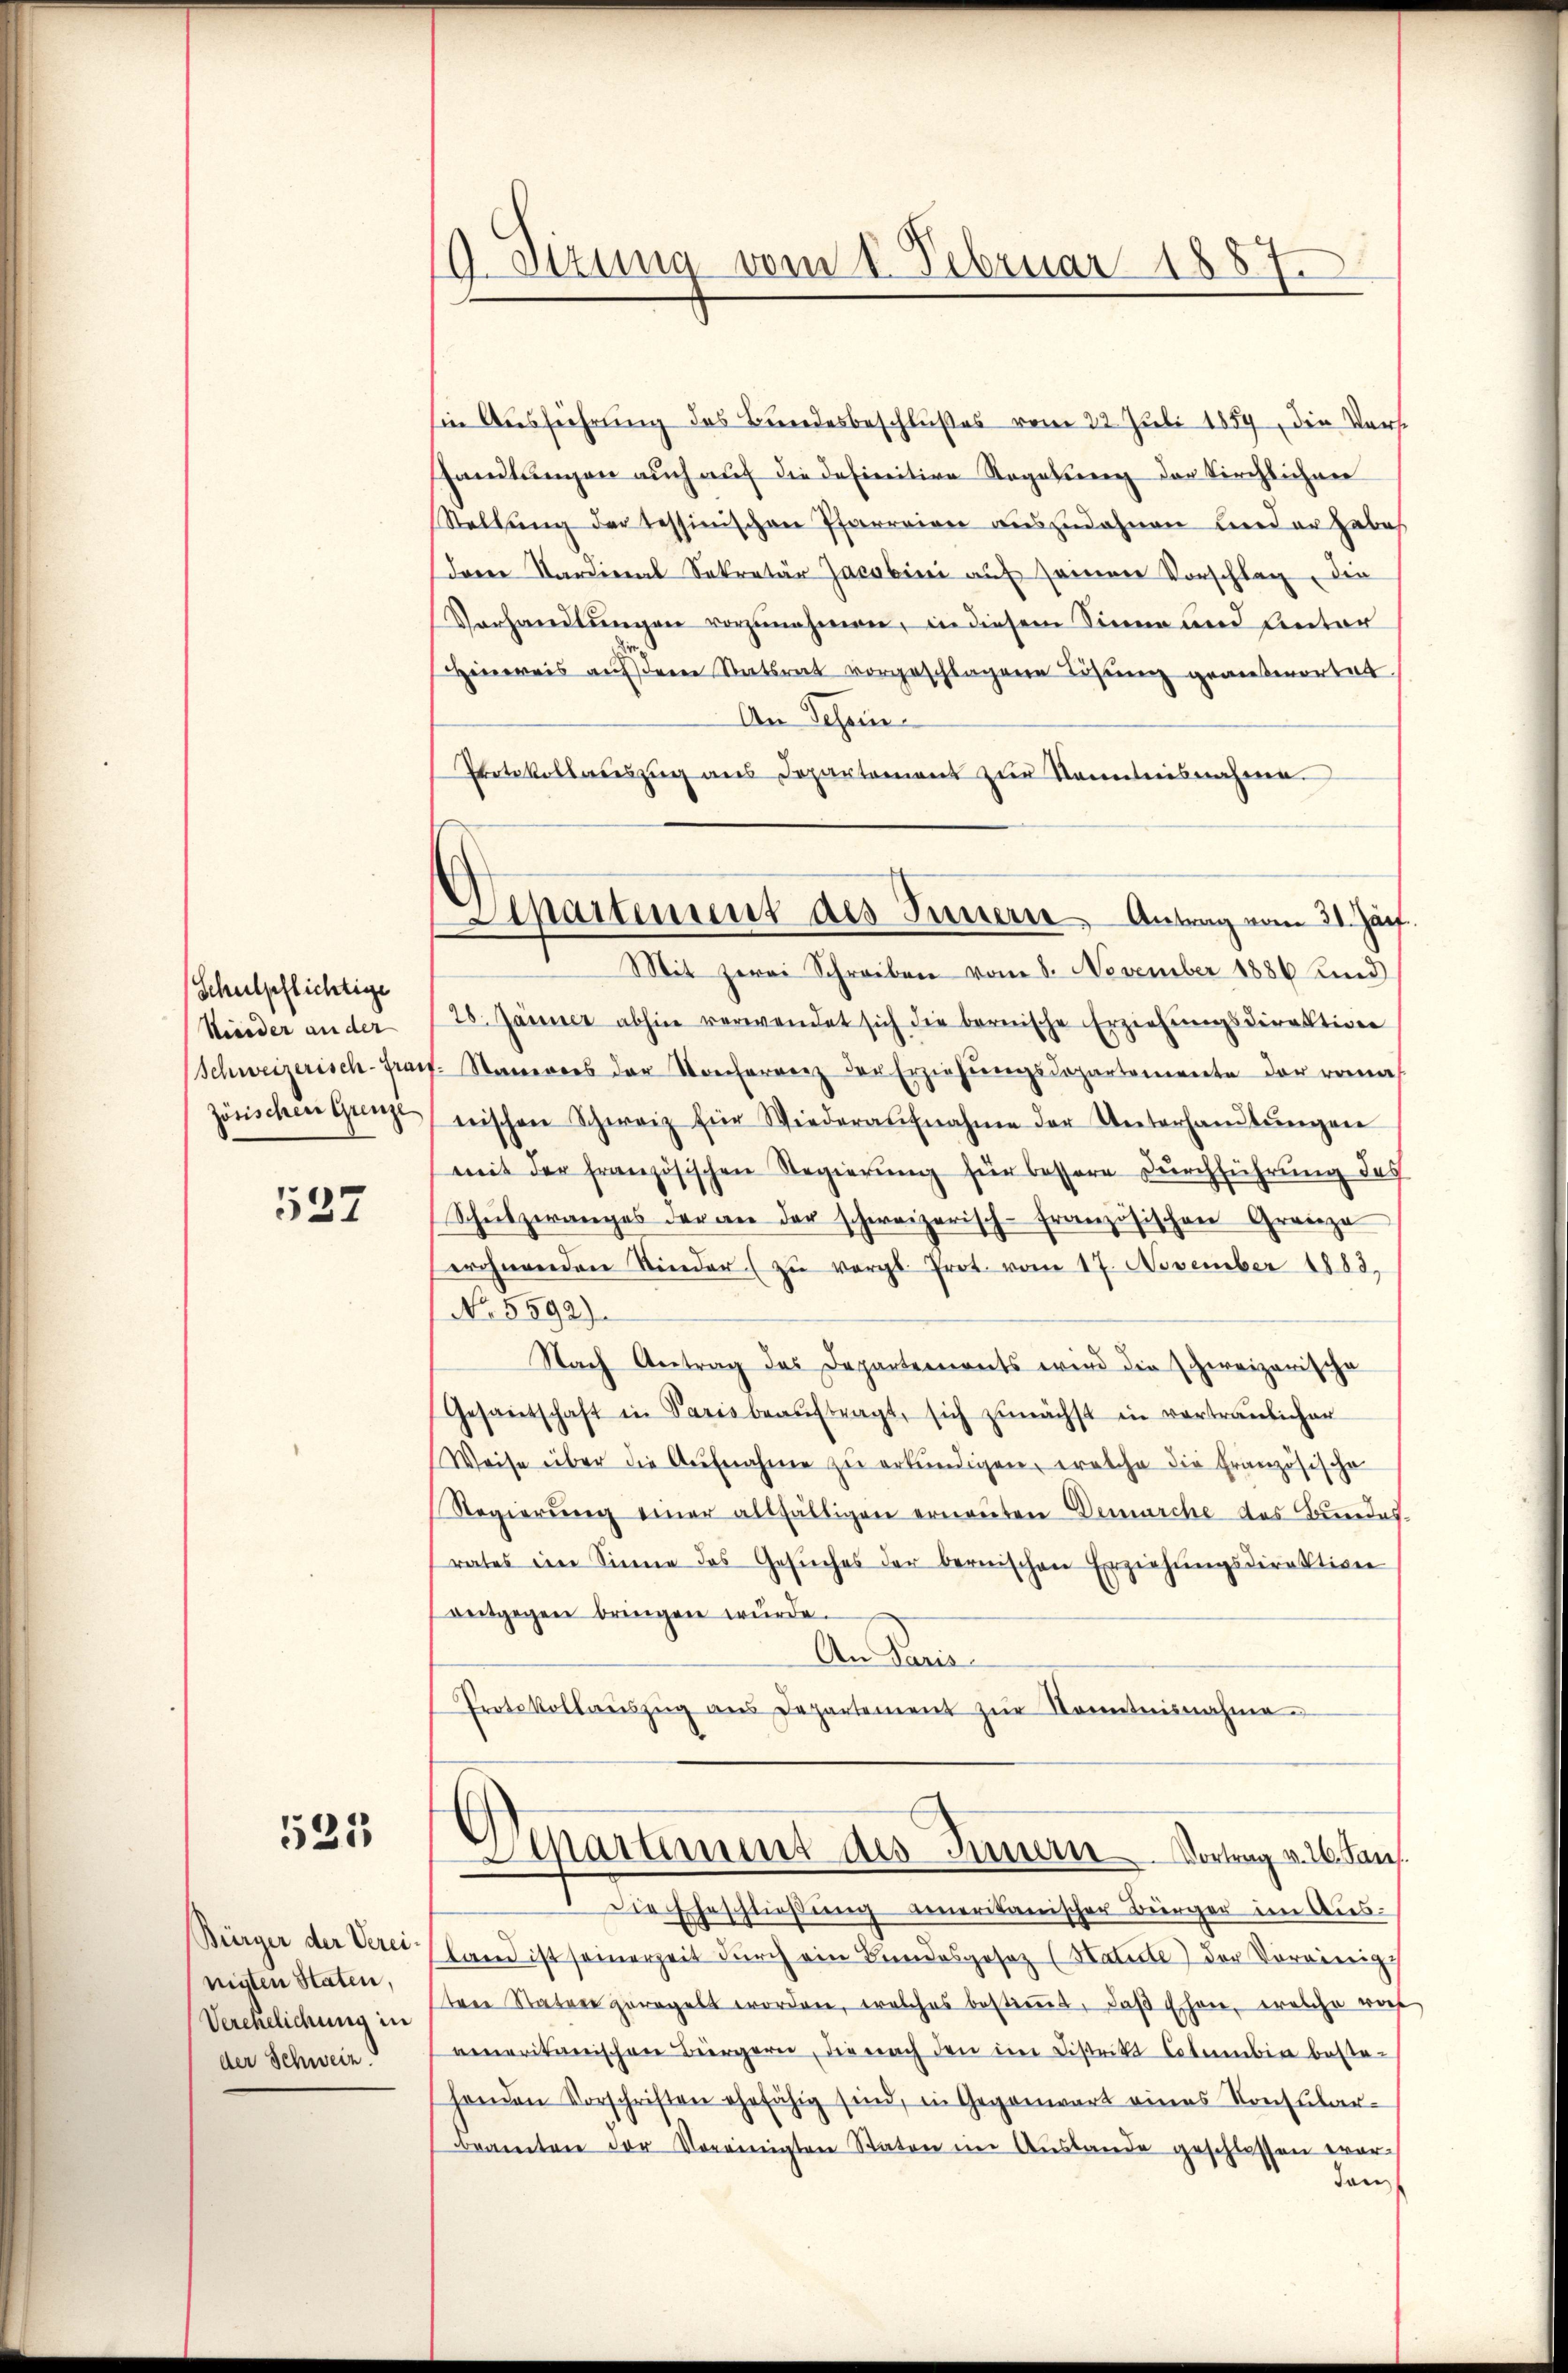
(Schulpflichtige
Kieder an der
Schweizerisch-Gras
zösischen Grenze

537

525

Bürger der Verei
nigten Staten,
Verehelichung in
der Schweiz.

9. Sitzung vom 1. Februar 1887.

Separtement des Innern, Antrag vom 21. Jan
Mit zwei Schreiben vom 8. November 1886 Kind

sin Ausführung des Bundesbeschlußes vom 22. Juli 1859, die Vorst
shandlungen auch auf die definitive Regalienen der Kirchlichen
Stellŭng der tessinischen Pfarreien auszudehnen ander habes
dare Kardinal Sekretär Jacobini auf seiner Vorschlag, die
Verhandlŭngen vorzunehmen, in diesem Sinne und Antor
Hinweis aufsren Statsrat vorgeschlagene Lösung gewesmortat
An Schein
Protokollauszug aus Departement zur Kenntnisnahme.
28. Jänner abhin verwendet sich die bernische Erziehŭngsdirektion
ct. Stammes der Konferrenz der Erziehŭngsdopartemente der roma
nischen Schweiz für Wiederaŭfnahme der Unterhandlŭngen
mit der französischen Regierung für bessere Durchführung des
Schŭlzwanges der an der schweizerisch-Französischen Grenze
erohnenden Nieder (zu vergl. Prot. vom 17. November 1883,
No. 5592).
Nach Antrag des Departements wird die schweizerische
Gesantschaft in Paris beaŭftragt, sich zŭnächst in vertraulicher
Weise über die Aufnahme zu erkundigen, welche die Französische
Regierŭng einer allfälligen ernannten Demarche des Bundes.
rates ein Sinne des Gesŭches der bernischen Erziehŭngsdirektion
entgegen bringen wurde.
An Pani
Protokollaŭszŭg aŭs Departement zŭr Sonntnisnahme
Departement des Innern Vortrag v. 26. Jan.
1 die Eheschließung amerikanischer Bürger im Ausland ist seinerzeit durch ein Bundesgesetz (Natute der Vereinig
tree Statur geregelt worden, welches bestimmt, daß Ehen, welche rot
amneritanischen Bürgern, die nach den im Distrikt Cataneben besta-
henden Vorschriften ehefähig sind, in Gegenwart eines Konsular-
beamten der Vereinigten Staten im Auslande geschlossen wor-
dan